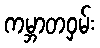
ကမ္ဘာတဝှမ်း